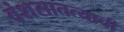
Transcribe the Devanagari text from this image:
वंशसातत्याची